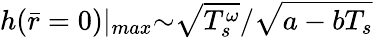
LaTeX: h(\bar{r}=0)|_{max}{\sim}\sqrt{T_{s}^{\omega}}/\sqrt{a-bT_{s}}